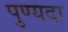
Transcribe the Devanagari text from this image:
पुण्यदा